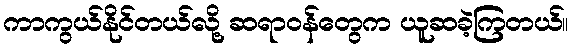
ကာကွယ်နိုင်တယ်လို့ ဆရာဝန်တွေက ယူဆခဲ့ကြတယ်။